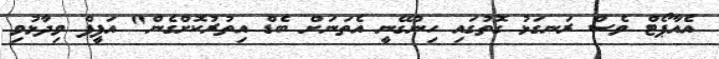
އެއާޕޯޓް ވެސް ރަނގަޅު ގޮތުގައި ހިންގޭނީ އެތަނަށް ބެޑް އިތުރުކޮށްގެން" އަފީފް ވިދާޅުވި